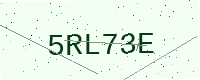
Text: 5RL73E